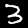
Label: 3